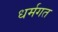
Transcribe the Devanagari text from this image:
धर्मगत